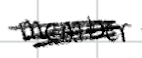
Text: member
Cross-out: scratch
Writing tool: digital_black